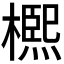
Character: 𣜠